Scottish Leaving Certificate Examination, 1961
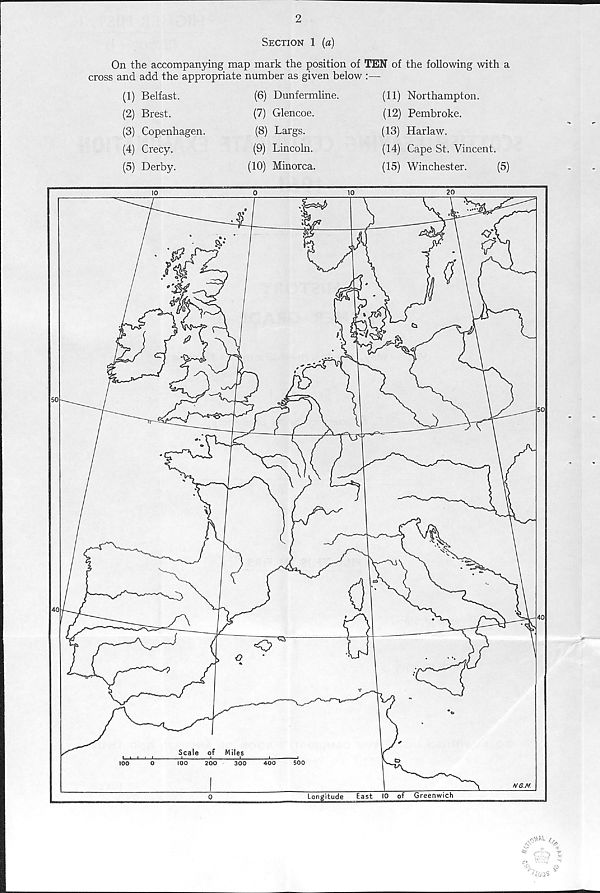
2
Section 1 (a)
On the accompanying map mark the position of TEN of the following with a
cross and add the appropriate number as given below :—
(1) Belfast.
(2) Brest.
(3) Copenhagen.
(4) Crecy.
(5) Derby.
(6) Dunfermline.
(7) Glencoe.
(8) Largs.
(9) Lincoln.
(10) Minorca.
(11) Northampton.
(12) Pembroke.
(13) Harlaw.
(14) Cape St. Vincent.
(15) Winchester.
(5)
,<^M-
j,
^ : -
G=
boas